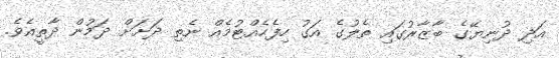
އަދި ދުނިޔޭގެ ބާޒާރުގައި ތެލުގެ އަގު ހިފެހެއްޓުމެއް ނެތި ދަށަށް ދަމުން ދާތީއެވެ.